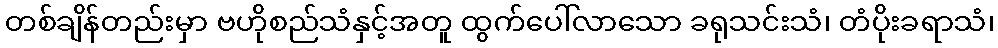
တစ်ချိန်တည်းမှာ ဗဟိုစည်သံနှင့်အတူ ထွက်ပေါ်လာသော ခရုသင်းသံ၊ တံပိုးခရာသံ၊